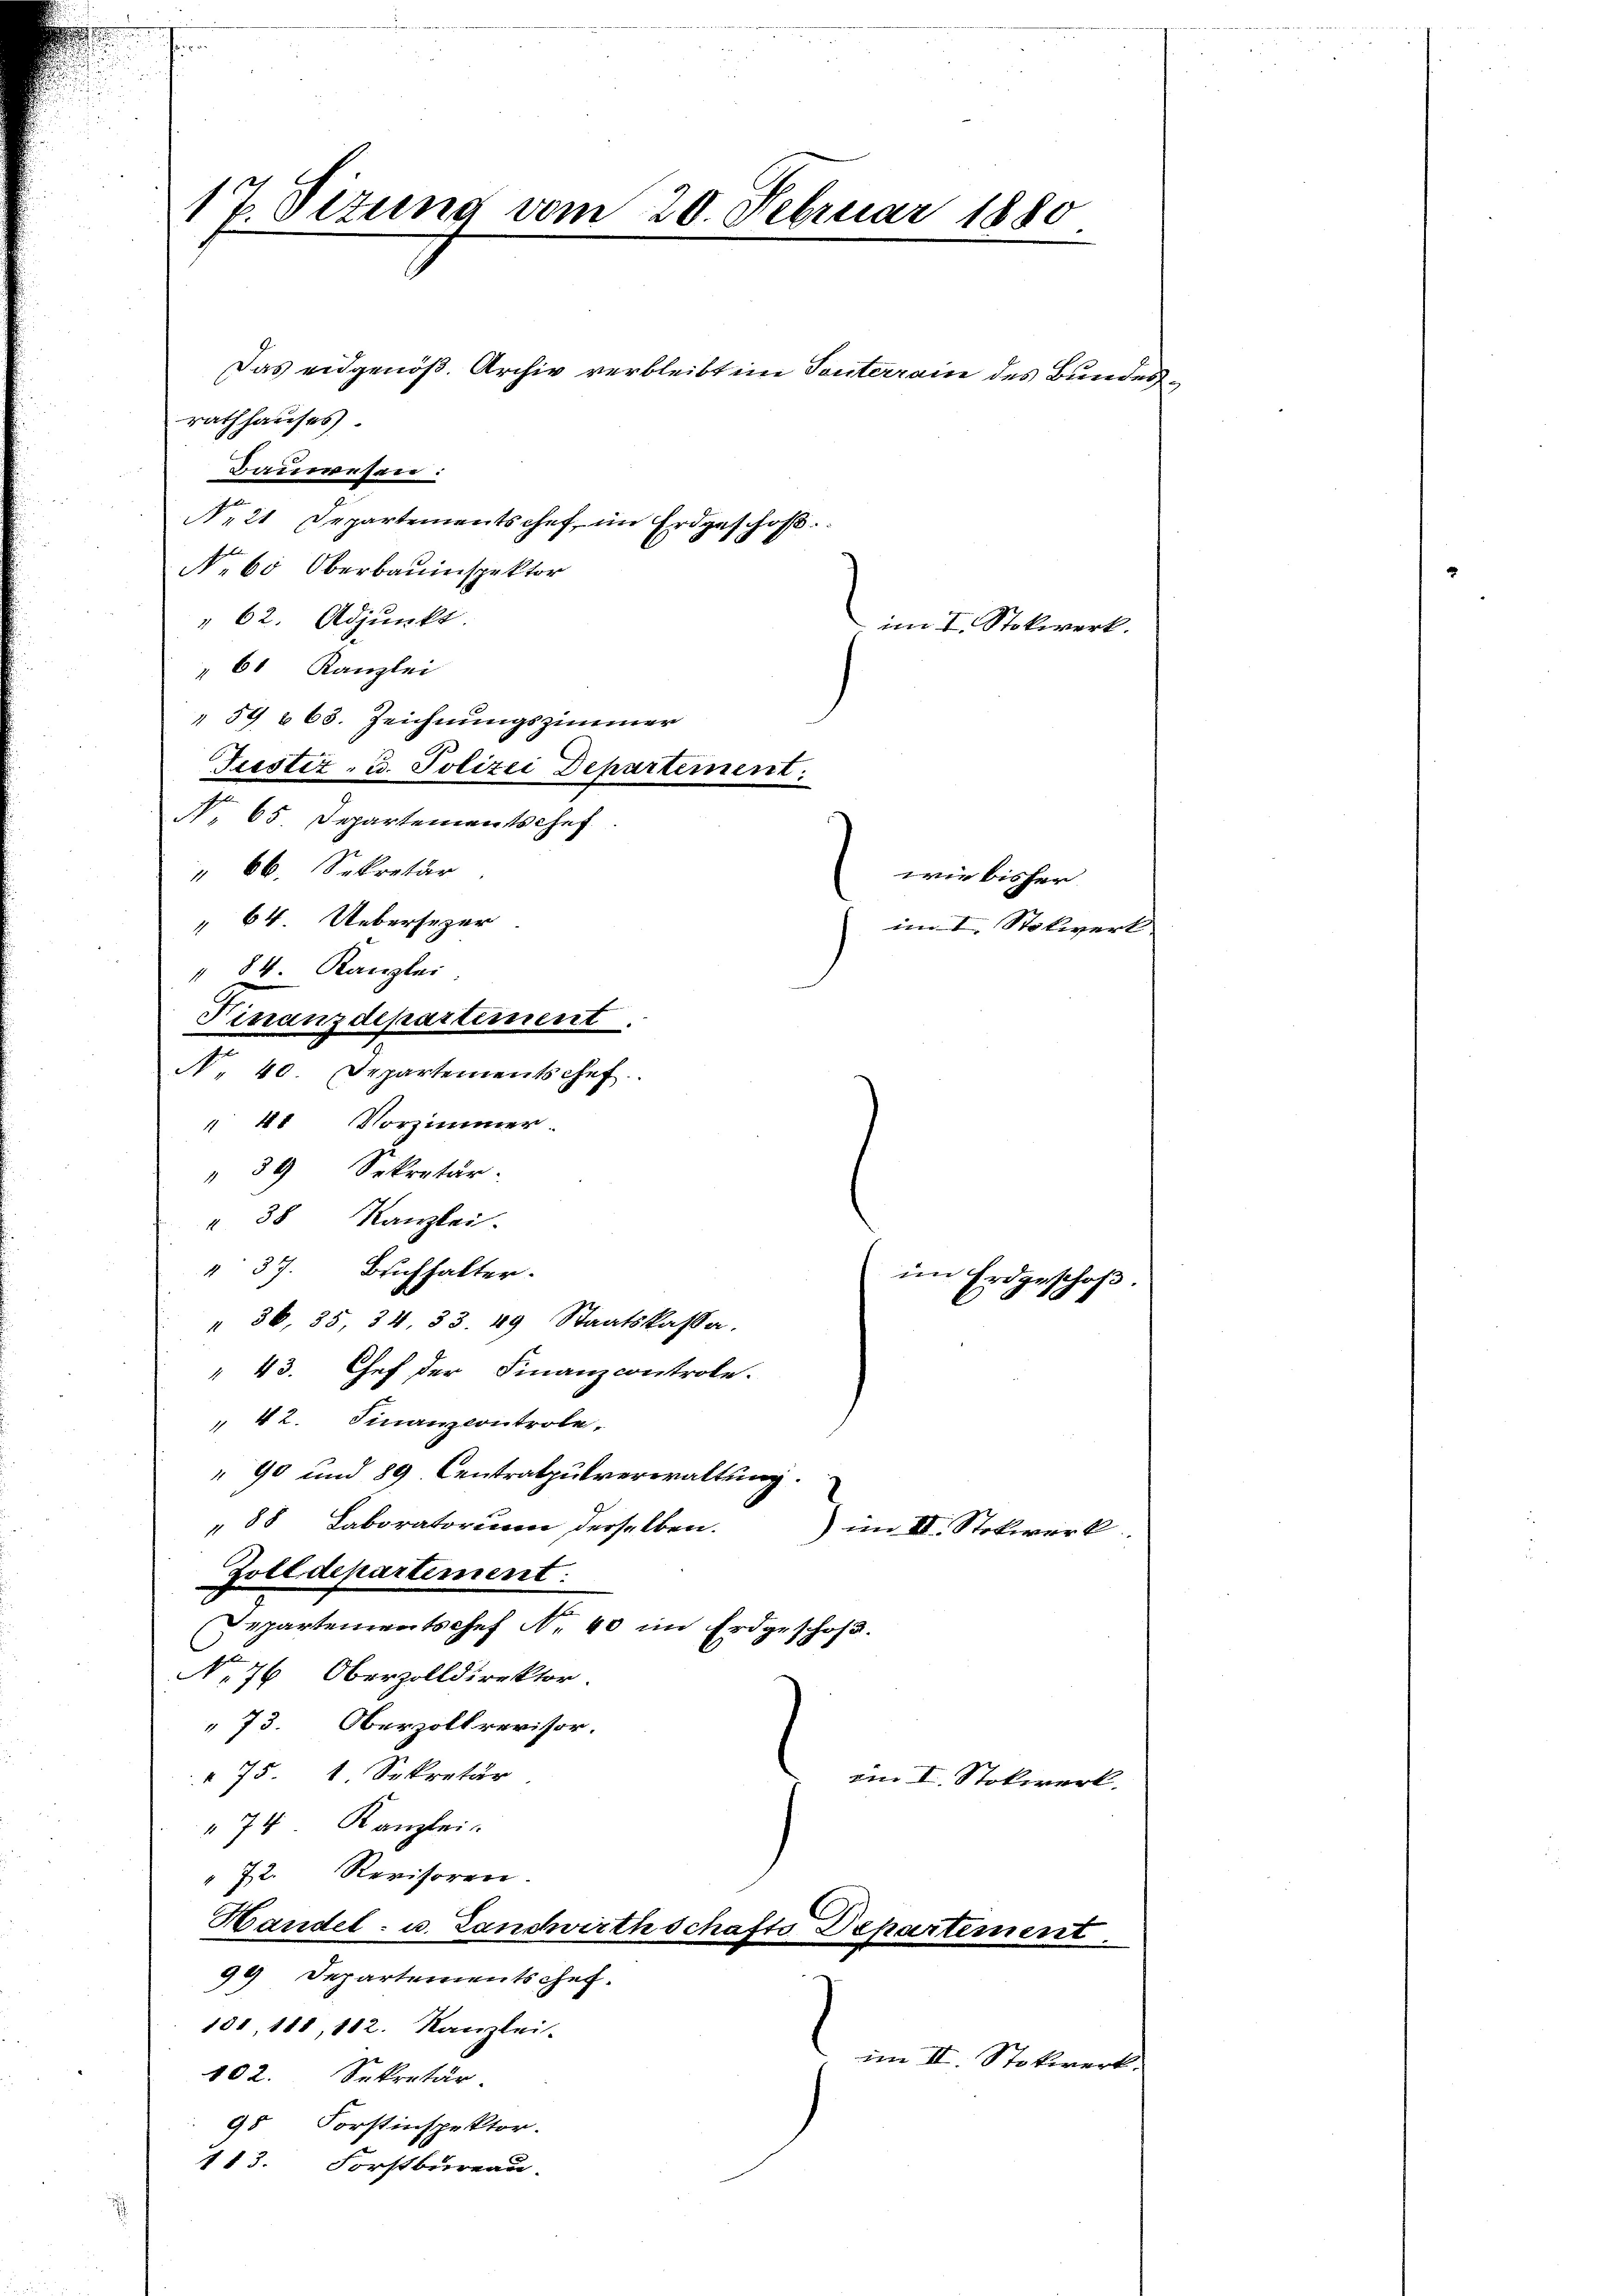
17. Sizung vom 20. Februar 1880

Das eidgenöß. Archiv verbleibt im Tonterrain des Bundes,
rathhauses.
Bauwesen:
Nr 21 Departementschef, im Erdgeschof
No 60 Oberbauinspektor
" 62. Adjunkt
61 Kanzlei
" 59 668. Zeichnungszimmer
Justiz- u. Polizei Departement:
N. 65 Departementschef
" 66. Sekretär
 64. Uebersezer
" 84. Kanzlei
Finanzdepartement.
N. 40 Departementschef
41 Vorzimmer
" 34 Sekretär.
" 38 Kanzlei.
 37. Bruchhalter.
im Erdgeschoß
e
" 36, 35, 24. 33. 49 Staatskassa.
 43. Chef der Finanzcontrole.
" 42. Finanzcontrole.
" 90 und 89. Centralpulverwaltung.
88 Laboratorium derselben.
im III. Stokwerk
Zolldepartement:
2
Departementschef A. 40 im Erdgeschof.
No 76 Oberzolldirektor.
73. Oberzolkrevisor.
75 1 Sekretär
im I. Stokwerk
74 Kanzlei.
" 72. Revisoren.
Handel- u. Landwirthschafts Departement.
99 Departementschef.
.
101, 181, 112. Kanzlei-
 II. Stockwerk.
102. Sekretär
98 Forstinspektor.
113. Forstbureau.

im I. Stolwerk

wie bisher

im I. Stokwerk.